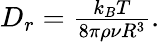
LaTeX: \begin{array}{r}{D_{r}=\frac{k_{B}T}{8\pi\rho\nu R^{3}}.}\end{array}